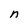
Character: n